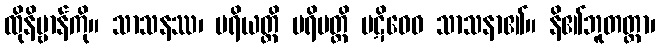
ထိုနိဗ္ဗာန်ကို။ သာသနဿ၊ ပရိယတ္တိ ပရိပတ္တိ ပဋိဝေဓ သာသနာ၏။ နိ၏ဘူတတ္တာ၊